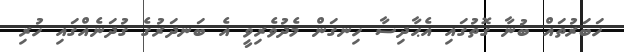
ހަބަރުތައް ބުނާ ގޮތުގައި އެޙާދިސާ ހިނގަން މެދުވެރިވީ އެ ބަނދަރުގެ ގުދަނެއްގައި ހުރި